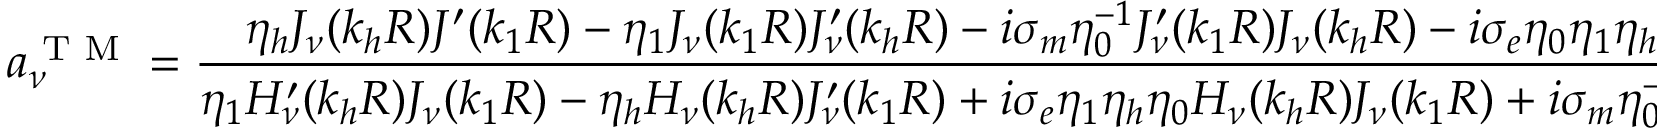
a _ { \nu } ^ { \textrm { T M } } = \frac { \eta _ { h } J _ { \nu } ( k _ { h } R ) J ^ { \prime } ( k _ { 1 } R ) - \eta _ { 1 } J _ { \nu } ( k _ { 1 } R ) J _ { \nu } ^ { \prime } ( k _ { h } R ) - i \sigma _ { m } \eta _ { 0 } ^ { - 1 } J _ { \nu } ^ { \prime } ( k _ { 1 } R ) J _ { \nu } ( k _ { h } R ) - i \sigma _ { e } \eta _ { 0 } \eta _ { 1 } \eta _ { h } J _ { \nu } ( k _ { h } R ) J _ { \nu } ( k _ { 1 } R ) } { \eta _ { 1 } H _ { \nu } ^ { \prime } ( k _ { h } R ) J _ { \nu } ( k _ { 1 } R ) - \eta _ { h } H _ { \nu } ( k _ { h } R ) J _ { \nu } ^ { \prime } ( k _ { 1 } R ) + i \sigma _ { e } \eta _ { 1 } \eta _ { h } \eta _ { 0 } H _ { \nu } ( k _ { h } R ) J _ { \nu } ( k _ { 1 } R ) + i \sigma _ { m } \eta _ { 0 } ^ { - 1 } H _ { \nu } ^ { \prime } ( k _ { h } R ) J _ { \nu } ^ { \prime } ( k _ { 1 } R ) }